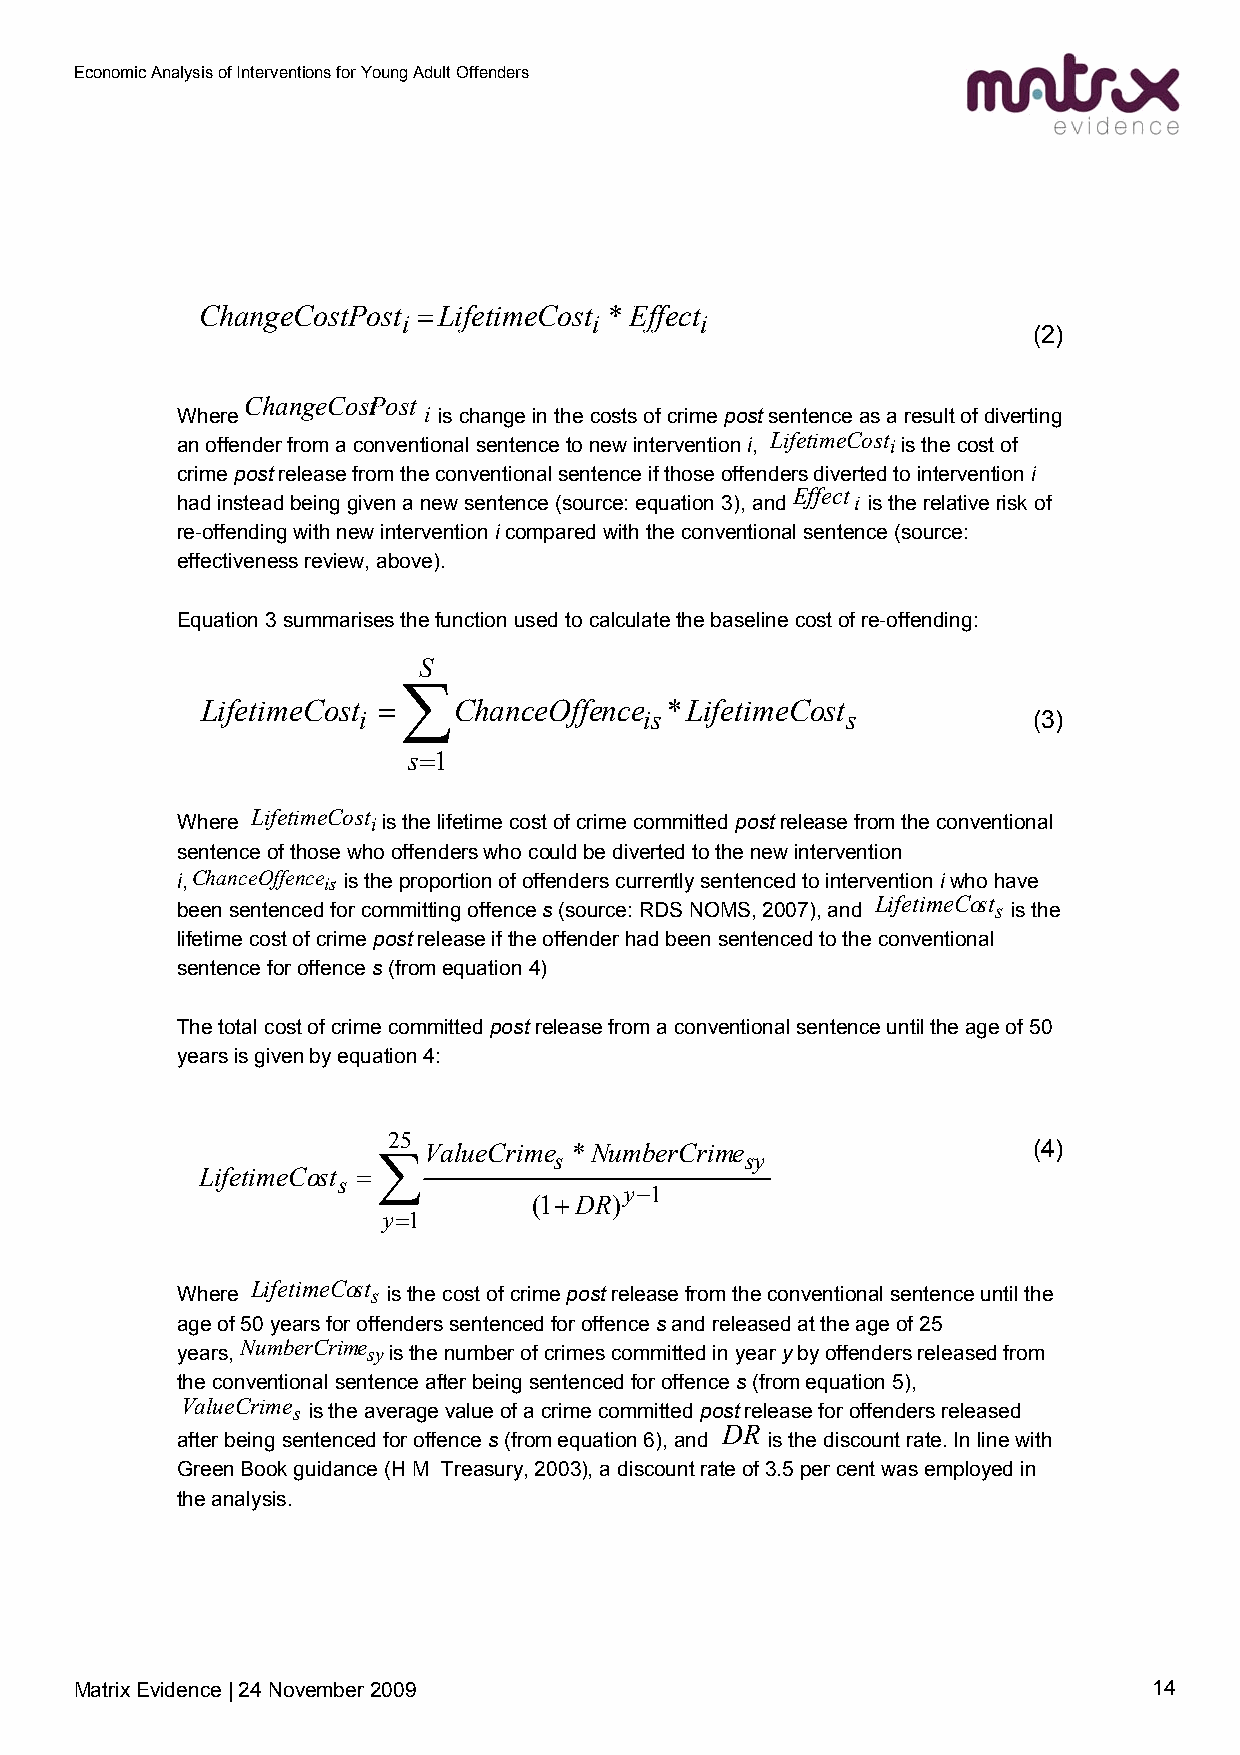
Economic Analysis of Interventions for Young Adult Offenders
 ChangeCostPost =LifetimeCost *Effect
 i           i      i
 (2)
 ChangeCosPt ost
 Where           i is change in the costs of crime post sentence as a result of diverting
 an offender from a conventional sentence to new intervention i, LifetimeCost iis the cost of
 crime post release from the conventional sentence if those offenders diverted to intervention i
 Effect
 had instead being given a new sentence (source: equation 3), and i is the relative risk of
 re-offending with new intervention i compared with the conventional sentence (source:
 effectiveness review, above).
 Equation 3 summarises the function used to calculate the baseline cost of re-offending:
 S
 ∑
 LifetimeCost =   ChanceOffence *LifetimeCost
 i                  is           s           (3)
 s=1
 Where LifetimeCost iis the lifetime cost of crime committed post release from the conventional
 sentence of those who offenders who could be diverted to the new intervention
 i,ChanceOffence is is the proportion of offenders currently sentenced to intervention i who have
 LifetimeCost
 been sentenced for committing offence s (source: RDS NOMS, 2007), and s is the
 lifetime cost of crime post release if the offender had been sentenced to the conventional
 sentence for offence s (from equation 4)
 The total cost of crime committed post release from a conventional sentence until the age of 50
 years is given by equation 4:
 25
 ValueCrime *NumberCrime                 (4)
 ∑           s           sy
 LifetimeCost =
 s
 y−1
 (1+DR)
 y=1
 LifetimeCost
 Where        s is the cost of crime post release from the conventional sentence until the
 age of 50 years for offenders sentenced for offence s and released at the age of 25
 years,NumberCrime syis the number of crimes committed in year y by offenders released from
 the conventional sentence after being sentenced for offence s (from equation 5),
 ValueCrime s is the average value of a crime committed post release for offenders released
 DR
 after being sentenced for offence s (from equation 6), and is the discount rate. In line with
 Green Book guidance (H M Treasury, 2003), a discount rate of 3.5 per cent was employed in
 the analysis.
 Matrix Evidence | 24 November 2009                                     14